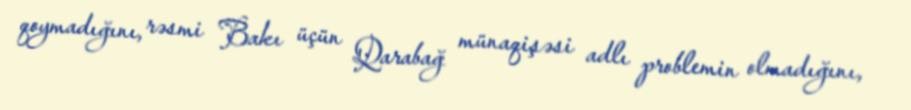
qoymadığını, rəsmi Bakı üçün Qarabağ münaqişəsi adlı problemin olmadığını,